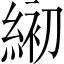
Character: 𦁅